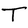
Character: T